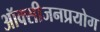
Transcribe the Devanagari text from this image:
ऑक्सीजनप्रयोग